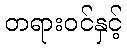
တရားဝင်နှင့်